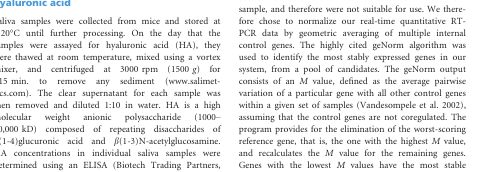
| Gene symbol | Accession # | Forward primer sequence | Position | Reverse primer sequence | Exon-exon boundary | AE |
 | --- | --- | --- | --- | --- | --- | --- |
 | Actb | NM_007393 | 5′-AGCCTTCCTTCTTGGGTATGG-3′ | 788–862 | 5′-CAACGTCACACTTCATGATGGA-3′ | Yes | 1.89 |
 | B2m | NM_009735 | 5′-TCCAGAAAACCCCTCAAATTCA-3′ | 62–127 | 5′-GTATGTTCGGCTTCCCATTCTC-3′ | Yes | 1.95 |
 | Dcpp2 | NM_001039238 | 5′-CCGGGTATTTCTTCAGGCTAGA-3′ | 144–209 | 5′-CCGTCCTCGTTGTCATTATAGTTG-3′ | Yes | 1.99 |
 | Gapdh | AK144690 | 5′-TGTGTCCGTCGTGGATCTGA-3′ | 711–787 | 5′-CCTGCTTCACCACCTTCTTGA-3′ | Yes | 1.93 |
 | Has1 | NM_008215 | 5′-TCAGGGAGTGGGATTGTAGGA-3′ | 1980–2040 | 5′-AAATAGCAACAGGGAGAAAATGGA-3′ | No | 1.86 |
 | Hprtl | NM_013556 | 5′-TGACACTGGCAAAACAATGCA-3′ | 711–774 | 5′-GGTCCTTTTCACCAGCAAGCT-3′ | No | 1.84 |
 | Pole4 | NM_025882 | 5′-CGGGACAGGAAGCCATCTT-3′ | 269–348 | 5′-AGCAGTAGGCATCTTTTGCGATA-3′ | Yes | 1.88 |
 | Ppia | AK151583 | 5′-AGGGTTCCTCCTTTCACAGAATTA-3′ | 146–219 | 5′-AGTGCCATTATGGCGTGTAAA-3′ | Yes | 1.99 |
 | Ppib | NM_011149 | 5′-GGTGGAGAGCACCAAGACAGA-3′ | 543–609 | 5′-GCCGGAGTCGACAATGATG-3′ | No | 1.84 |
 | Prrt1 | NM_030890 | 5′-GTCCGCCACACGACTACATG-3′ | 653–789 | 5′-GATCTCGGCAGACACCAAATC-3′ | Yes | 1.86 |
 | Rpl27a | NM_011975 | 5′-AAAGCCGTCATCGTGAAGAAC-3′ | 64–164 | 5′-GCTGTCACTTTCCGGGGATAG-3′ | Yes | 1.93 |
 | Sdha | NM_023281 | 5′-CGGCTTTCACTTCTCTGTTGGT-3′ | 93–168 | 5′-TGGGTATTGAGTAGAAATTGCATCTG-3′ | Yes | 1.89 |